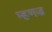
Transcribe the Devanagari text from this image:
म्हणज्र